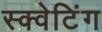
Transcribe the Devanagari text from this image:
स्क्वेटिंग